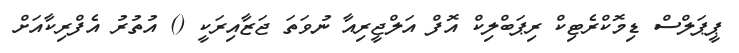
ޕީޕަލްސް ޑިމޮކްރެޓިކް ރިޕަބްލިކް އޮފް އަލްޖީރިއާ ނުވަތަ ޖަޒާއިރަކީ () އުތުރު އެފްރިކާއަށް